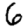
Digit: 6